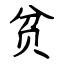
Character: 贫